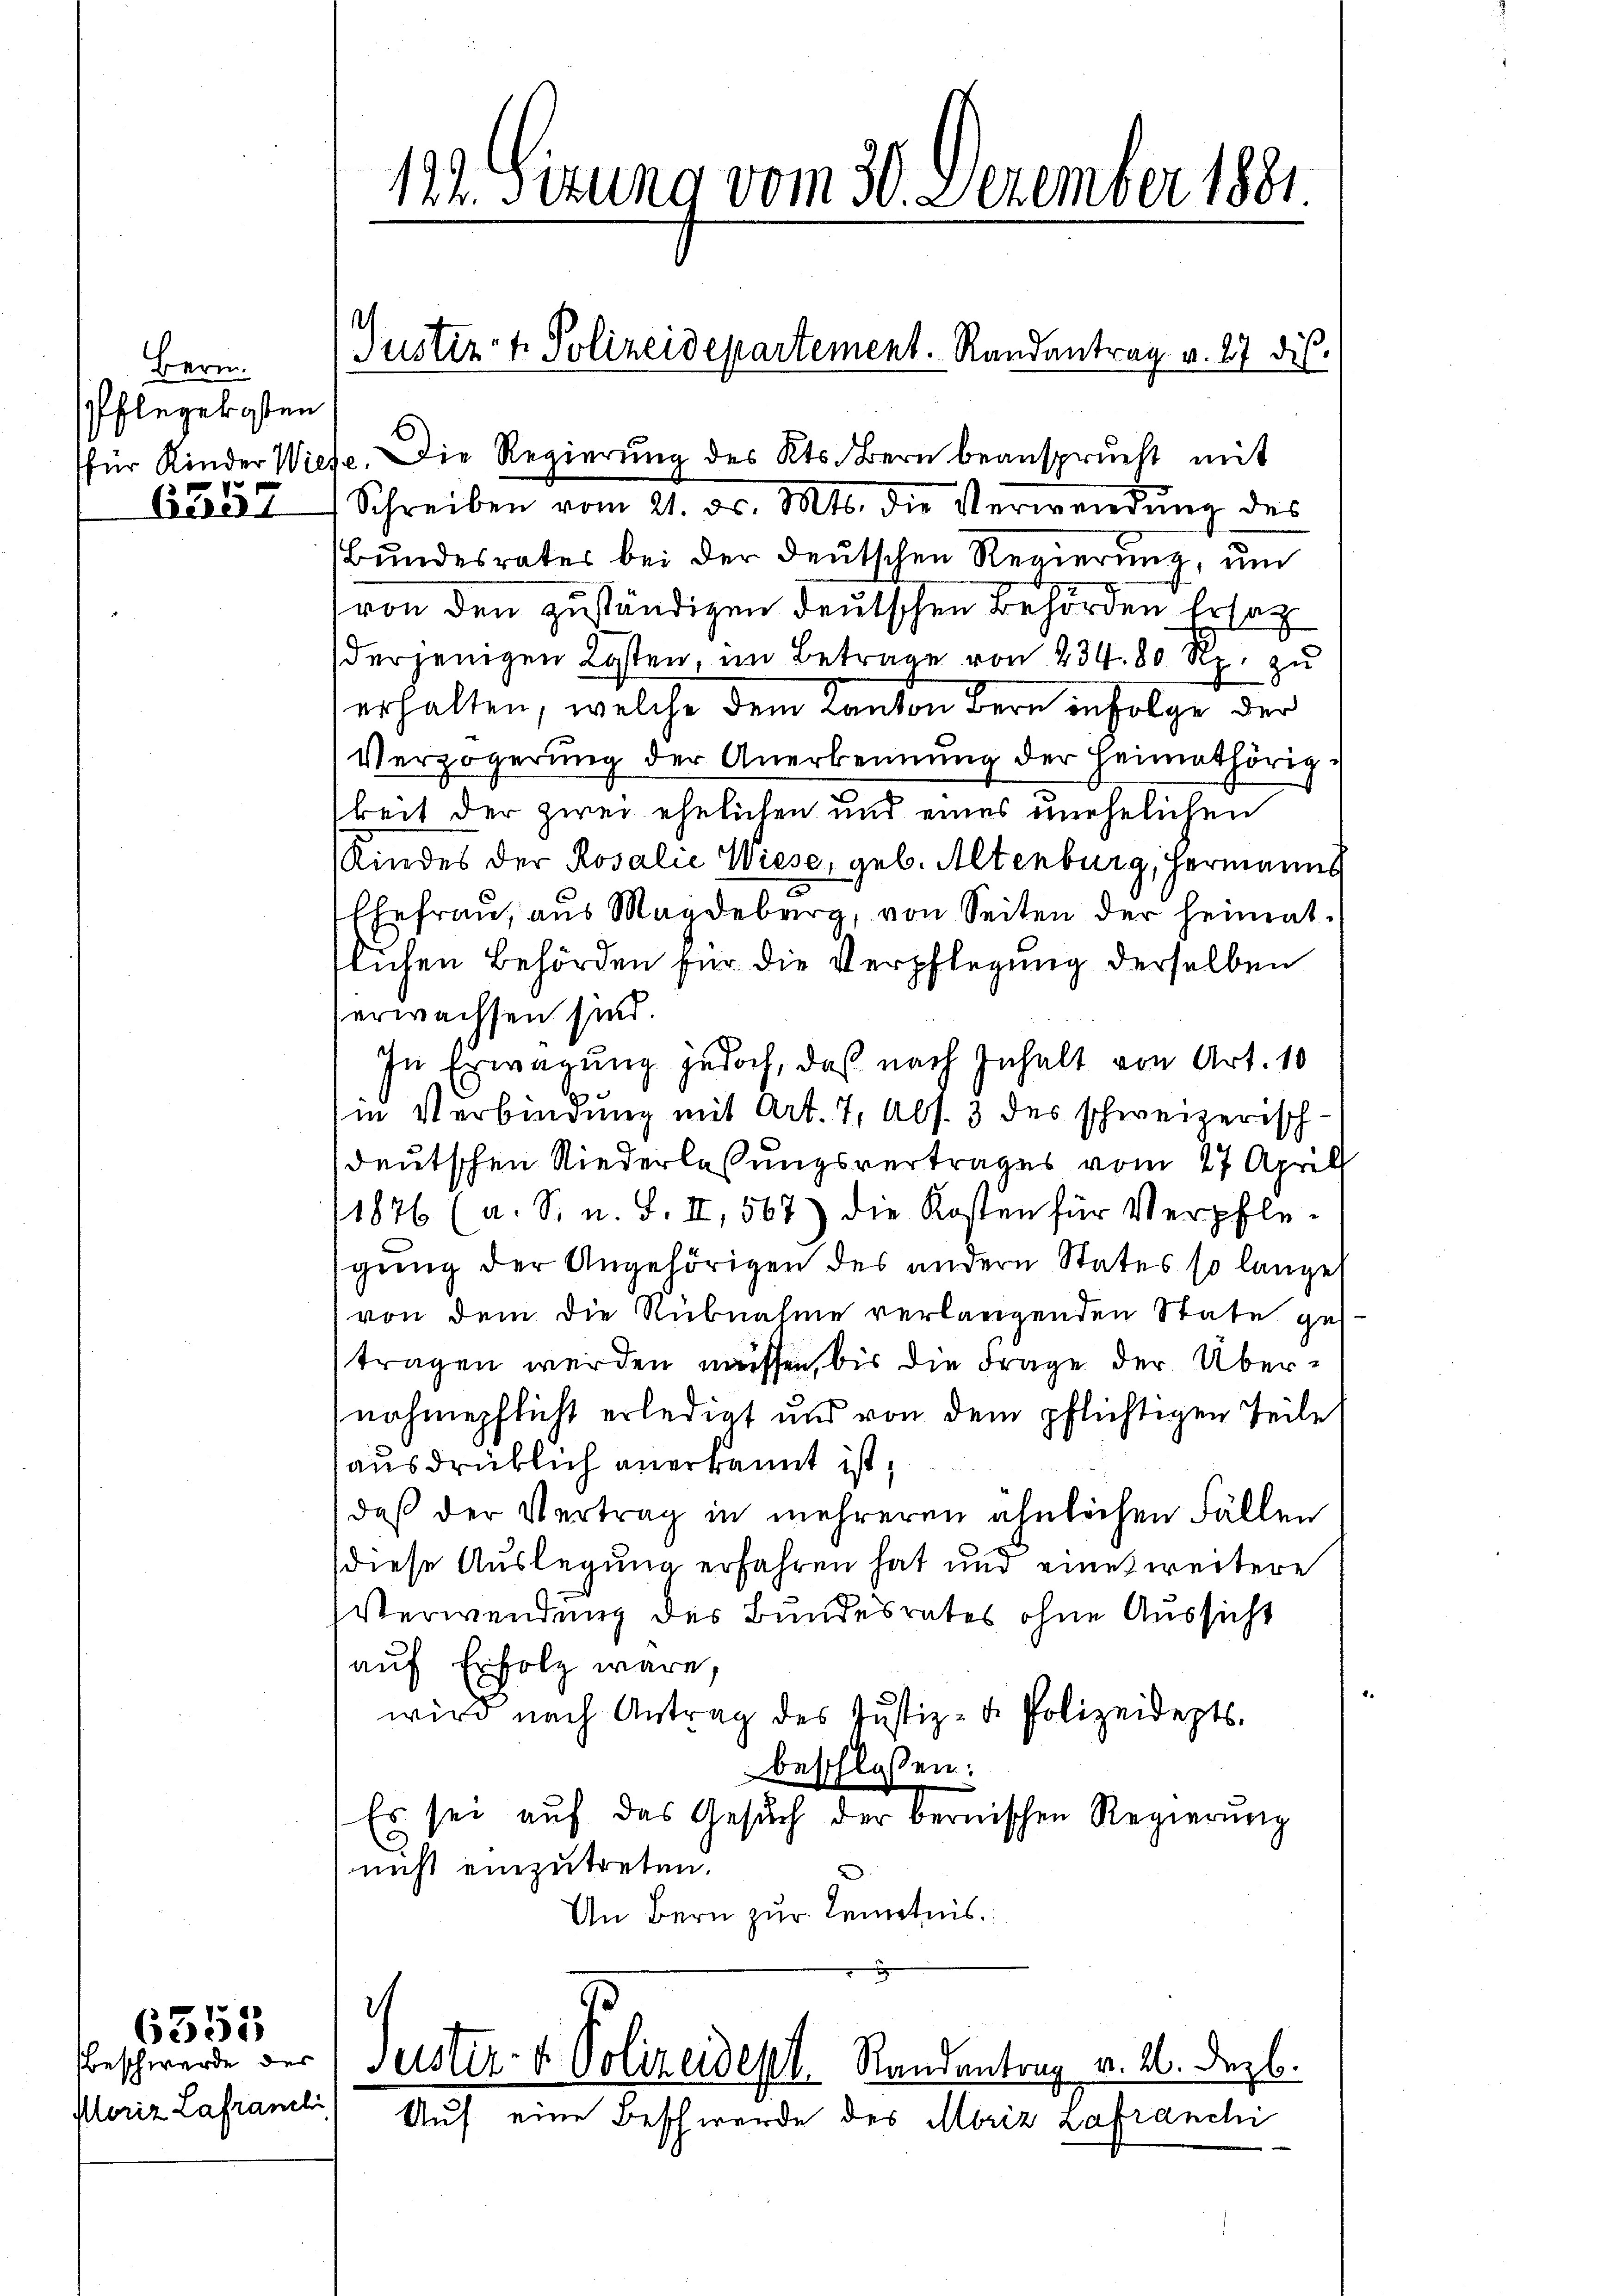
Berm.
Pflegekosten
für Kinder Wied
6357

Ploriz Lafranzli

6553

122. Sitzung vom 30. Dezember 1881.

Justiz- & Polizeidepartement. Randantrag v. 27 dis

c. Die Regierung des Kts. Bern beansprucht mit
Schreiben vom 21. ds. Mts. die Verwendung des
Bundesrates bei der deutschen Regierung, um
von den zuständigen deutschen Behörden Ersatz
derjenigen Kosten, im Betrage von 234. 80 Rp. zu
erhalten, welche dem Kanton Bern infolge der
Verzögerung der Anerkennung der Heimathörigkeit der zwei ehelichen und eines unehelichen
Kindes der Rosalie Wiese, geb. Altenburg, Hermanns
Ehefrau, aus Magdeburg, von Seiten der heimat.
tlichen Behörden für die Verpflegung derselben
erwachsen sind.
In Erwägung jedoch, daß nach Inhalt von Art. 10
in Verbindung mit Art. 7, Abs. 3 des schweizerisch-
deutschen Niederlassungsvertrages vom 27. Aprill
11876 (a. S. u. S. II, 567) die Kosten für Verpflegŭng der Angehörigen des andern States so lange
von dem die Rubnahme verlangenden State gestragen werden müssen, bis die Frage der Übernahmepflicht erledigt und von dem pflichtigen Teile
ausdrücklich anerkannt ist,
daß der Vertrag in mehreren ähnlichen Fällen
diese Auslegung erfahren hat und eine weitere
Verwendung des Bundesrates ohne Aussicht
auf Erfolg wäre,
wird nach Antrag des Justiz- u. Polizeidepts.
beschlossen:
Es sei auf das Gesuch der bernischen Regierung
nicht einzutreten.
An Bern zur Kenntnis
h
Beschwerde der Justiz- & Polizeidept. Randantrag v. 2. Dezb.
Auf eine Beschwerde des Moriz zafranci